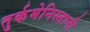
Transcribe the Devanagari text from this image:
तुर्कमेनिस्तानी